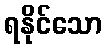
ရနိုင်သော